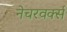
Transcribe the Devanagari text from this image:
नेचरवर्क्स